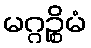
မဂ္ဂဉ္စိမံ